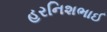
હરનિશભાઈ